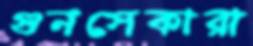
গুনসেকারা